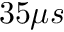
3 5 \mu s